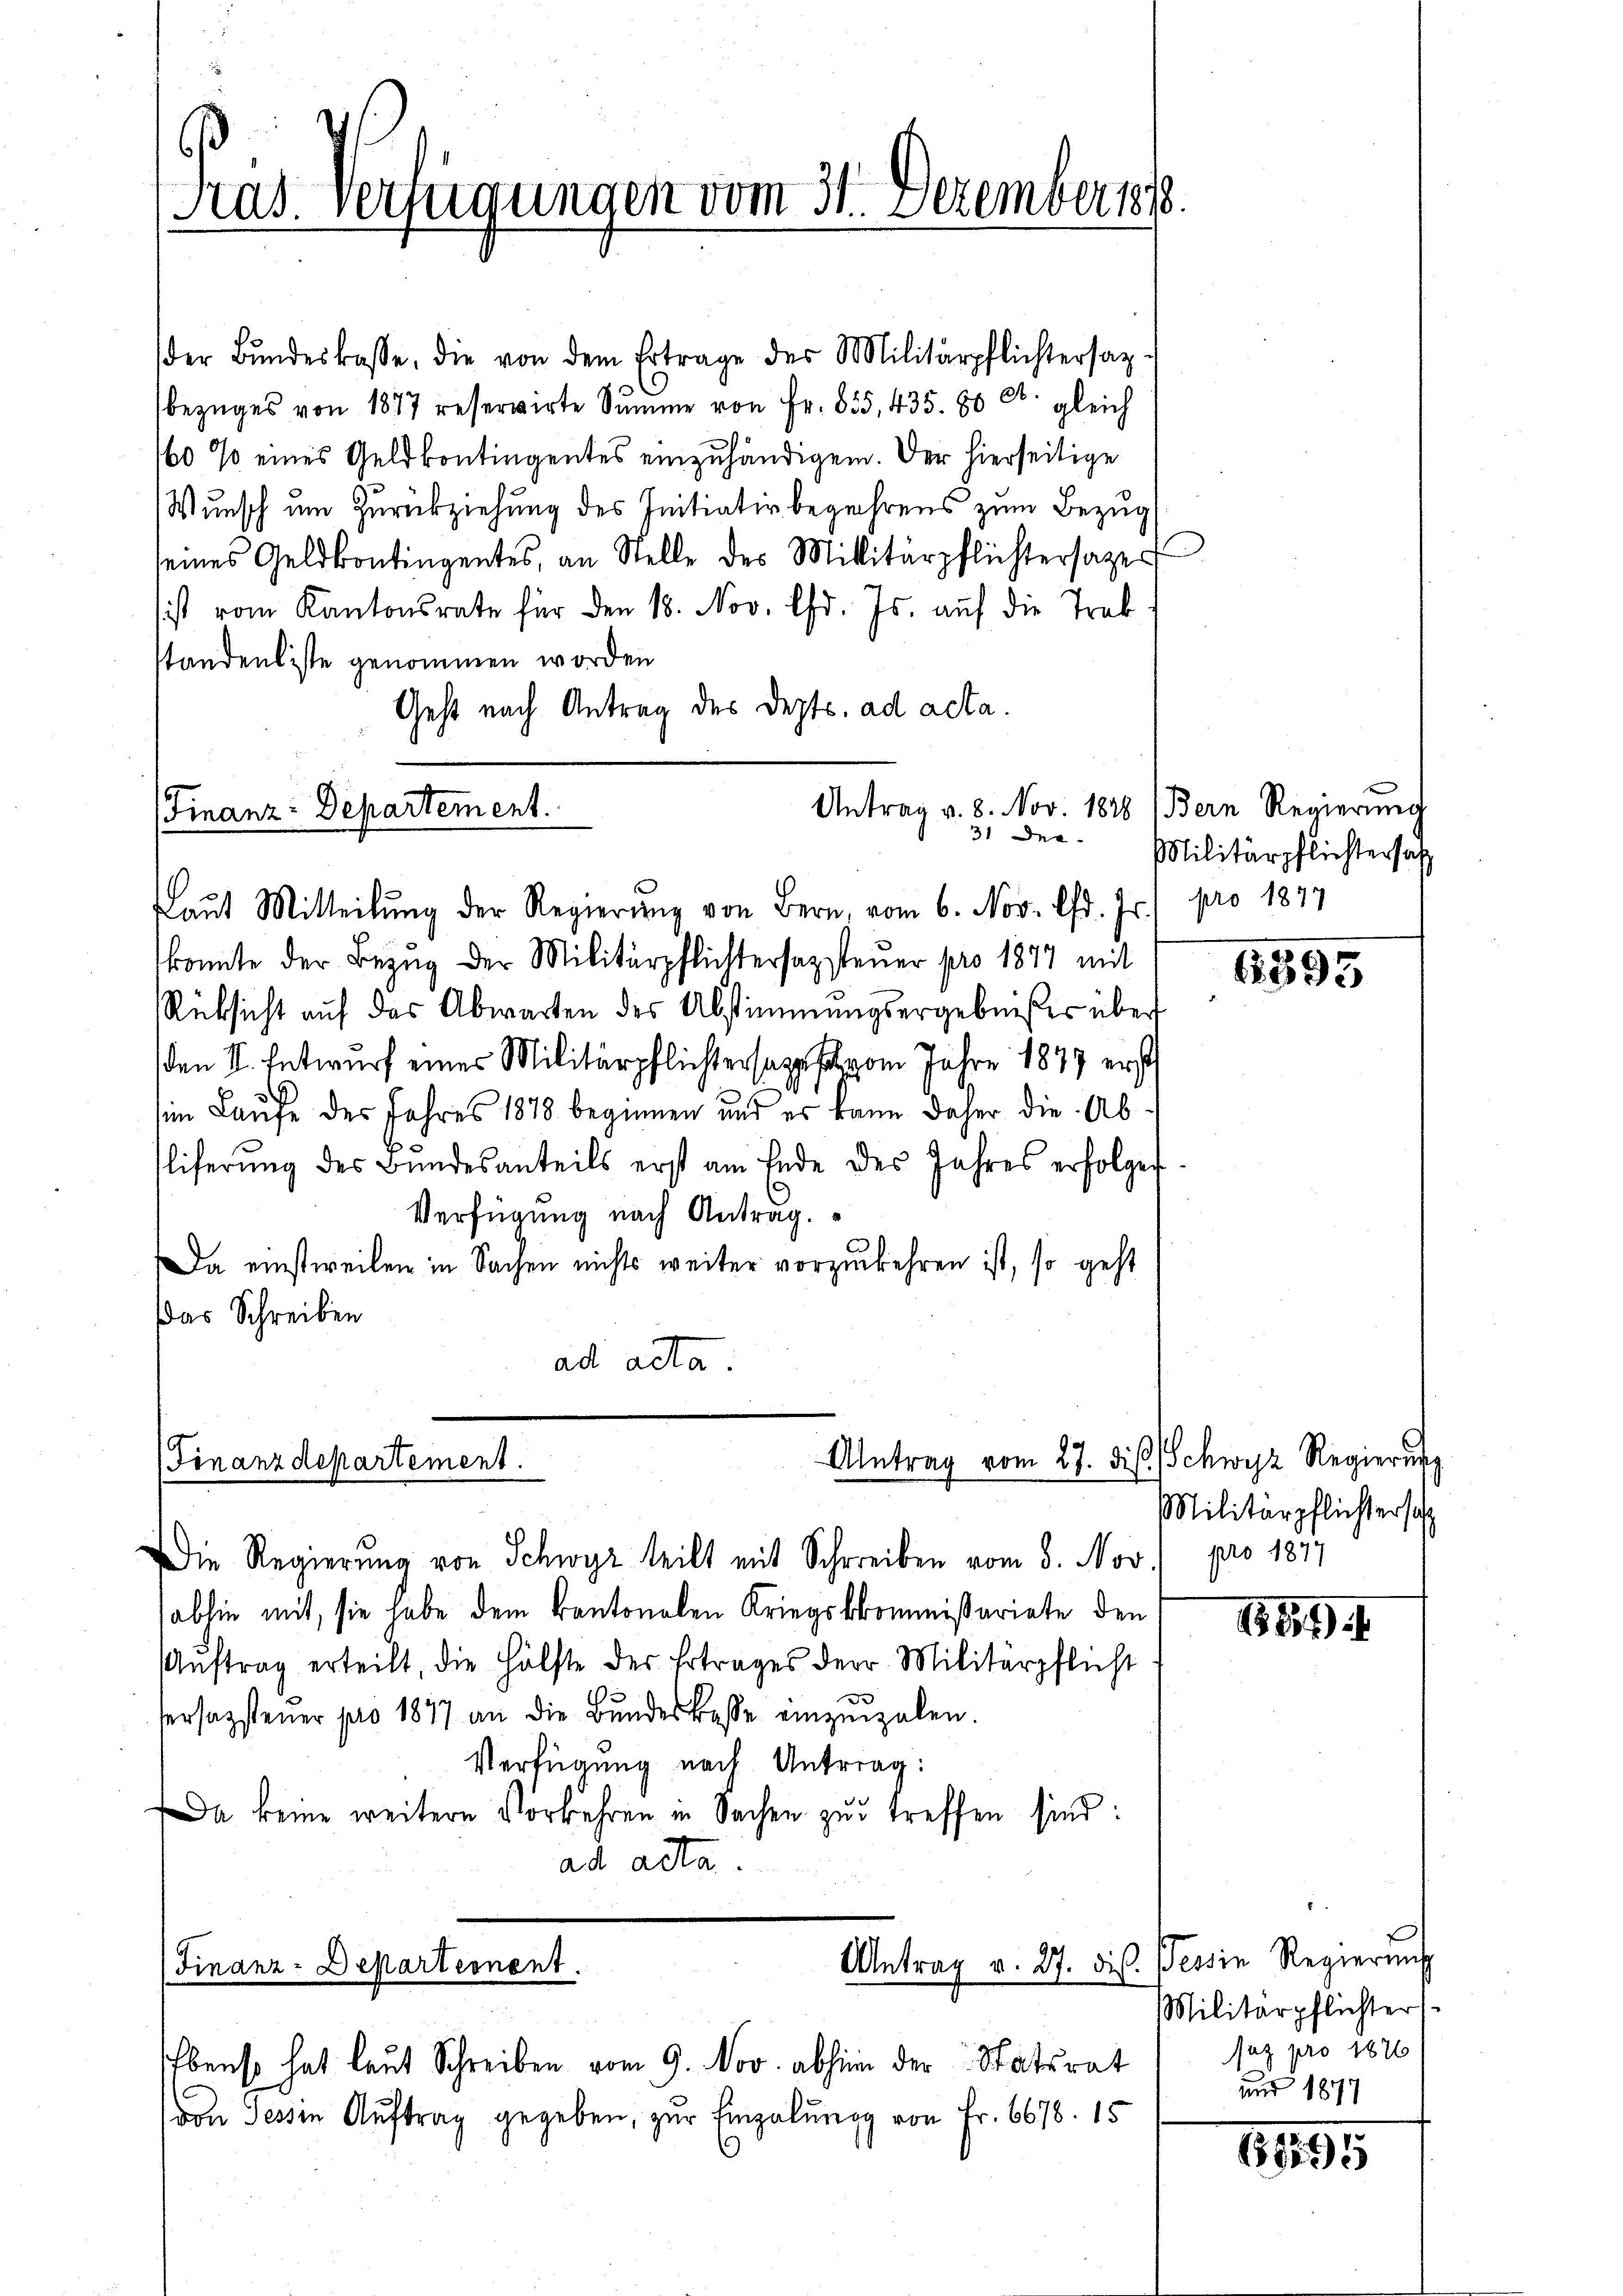
Präs. Verfügungen vom 31. Dezember s

Finanz-Departement.

der Bŭndeskasse, die von dem Ertrage des Militärpflichtersag
bezŭges von 1877 reservirte Summe von Fr. 855, 435. 80 Ct. gleich
60 % eines Geldkontingentes einzuhändigen. Der hierseitige
Wunsch um Zurückziehung des Initiativbegehrens zum Bezug
seines Geldkontingentes, an Stelle des Millitärpflichtersages
sist vom Kantonsrate für den 18. Nov. lfd. Js. auf die Trab
standenliste genommen worden
Gest nach Antrag des Depts. ad acta.
Antrag v. 8. Nov. 1828 (Bern Regierung
31 Des-
Laŭt Mitteilŭng der Regierŭng von Bern, vom 6. Nov. lfd. Js. pro 1877
konnte der Bezug der Militärpflichtersazsteuer pro 1877 mit
Rücksicht auf das Abwarten des Abstimmungsergebnißes über
den II. Entwurf eines Militärpflichtersages vom Jahre 1877 erst
3
im Laufe des Jahres 1878 beginnen und es kann daher die Abfliferŭng des Bundesanteils erst am Ende des Jahres erfolgen
Verfügung nach Antrag.
Da einstweilen in Sachen nichts weiter vorzukehren ist, so geht
Das Schreiben
ad acta.

(Finanzdepartement.

Antrag vom 27. ds.

Antrag v. 27. dis. Tessin Regierung
Finanz-Departement.

Die Regierung von Schwyz teilt mit Schreiben vom 8. Nov.
abhin mit, sie habe dem kantonalen Kriegskommißariate den
Aŭftrag erteilt die Hälfte der Ertrages der Militärpflicht
Versagsteuer pro 1877 an die Bundeskasse einzuzalen.
Verfügung nach Antrag:
Da keine weitere Vorbehren in Sachen zŭ treffen sind:
ad acta.

Ebenso hat laut Schreiben vom 9. Nov. abhin der Statsrat
(von Tessin Auftrag gegeben, zur Einzalung von Fr. 6678. 15

Militärpflichtersatz

6393

Schwyz Regierung
Militärpflichtersch
pro 1877

149.

Militärpflichter
saz pro 1876
und 1877

1695